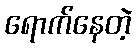
ရောက်နေတဲ့